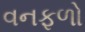
વનફળો